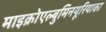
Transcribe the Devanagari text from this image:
माइक्रोएल्बुमिनयूरियाका